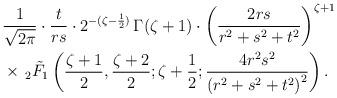
LaTeX: \begin{align*} & \frac{1}{\sqrt{2\pi}}\cdot\frac{t}{rs} \cdot 2^{-(\zeta-\frac12)}\,\Gamma(\zeta+1) \cdot \left(\frac{2rs}{r^2+s^2+t^2}\right)^{\zeta+1} \\ & \times\, _2\tilde{F}_1\left(\frac{\zeta+1}{2},\frac{\zeta+2}{2};\zeta+\frac12;\frac{4r^2s^2}{\left(r^2+s^2+t^2\right)^2}\right). \end{align*}